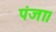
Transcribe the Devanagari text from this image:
पंजा।